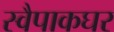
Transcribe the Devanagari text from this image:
स्वैपाकघर